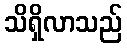
သိရှိလာသည်